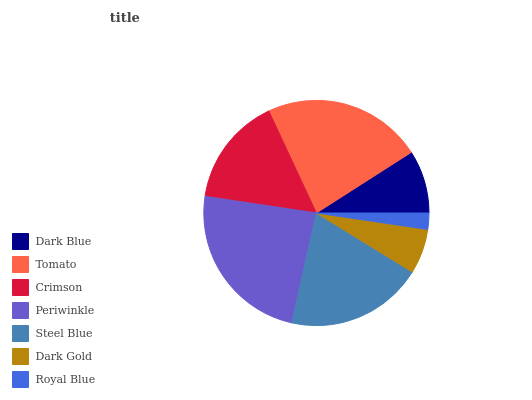
| Dark Blue | Tomato | Crimson | Periwinkle | Steel Blue | Dark Gold | Royal Blue |
 | --- | --- | --- | --- | --- | --- | --- |
 | 9.05% | 22.9% | 15.7% | 23.9% | 19.7% | 6.44% | 2.32% |